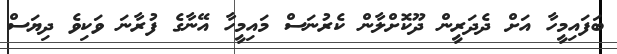
ބަފައިމީހާ އަށް ދެދަރީން ދޫކޮށްލާން ކެރުނަސް މައިމީހާ އޭނާގެ ފުރާނަ ވަކިވެ ދިޔަސް